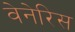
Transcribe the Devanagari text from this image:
वेनेरिस